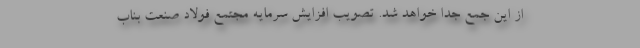
از این جمع جدا خواهد شد. تصويب افزايش سرمايه مجتمع فولاد صنعت بناب